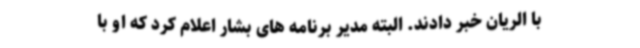
با الریان خبر دادند. البته مدیر برنامه های بشار اعلام کرد که او با